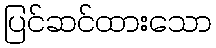
ပြင်ဆင်ထားသော